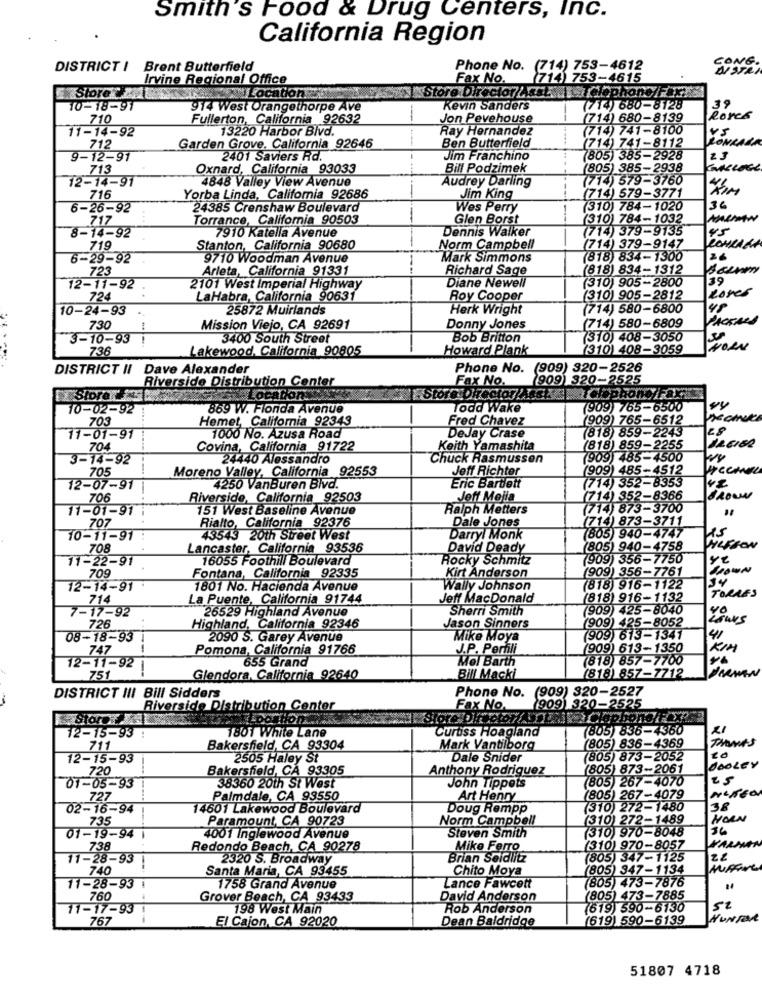
Smith's Food & Drug Centers, Inc.
California Region
CONG.
DISTRICT I
Brent Butterfield
Phone No.
(714) 753-4612
Irvine Regional Office
Fax No.
(714 753-4615
Siore x3
Store Director /statstelephone/Faxts
Location
10-18-91
914 West Orangethorpe Ave
Kevin Sanders
(714) 680-8128
39
710
Fullerton, California 92632
-
Jon Pevehouse
(714) 680-8139
Roses
11-14-92
13220 Harbor Blvd.
Ray Hernandez
(714) 741-8100
RONRADA
712
Garden Grove, California 92646
Ben Butterfield
(714) 741-8112
9-12-91
2401 Saviers Rd.
Jim Franchino
(805) 385-2928
713
Oxnard, California 93033
Bill Podzimek
(805) 385-29
2938
12-14-91
4848 Valley View Avenue
Audrey Darling
(714) 579-3760
(714) 579-3771
716
Yorba Linda, California 92686
Jim King
6-26-92
24385 Crenshaw Boulevard
-
Wes Perry
(310) 784-1020
36
Torrance, California 90503
Glen Borst
(310) 784-1032
8-14-92
717
7910 Katella Avenue
Dennis Walker
(714) 379-9135
45
719
Stanton, California 90680
Norm Campbell
(714) 379-9147
ROHLAMA
6-29-92
9710 Woodman Avenue
Mark Simmons
(818) 834-1300
Arleta, California 91331
Richard Sage
(818) 834-1312
723
(310) 905-2800
39
12-11-92
2101 West Imperial Highway
Diane Newell
Rores
724
LaHabra, California 90631
Roy Cooper
(310) 905-2812
10-24-93
25872 Muirlands
Herk Wright
(714) 580-6800
48
(714) 580-6809
730
Mission Viejo, CA 92691
Donny Jones
3-10-93 !
3400 South Street
Bob Britton
(310) 408-3050
736
Lakewood, California 90805
Howard Plank
(310) 408-3059
DISTRICT II Dave Alexander
Phone No. (909) 320-2526
Riverside Distribution Center
Fax No.
909) 320-2525
Store
Store Director
CFCSphone/Fax
10-02-92
869 W. Flonda Avenue
Todd Wake
(909) 765-6500
vy
703
Hemet, California 92343
Fred Chavez
(909) 765-6512
1000 No. Azusa Road
(818) 859-2243
28
11-01-91
DeJay Crase
704
Covina, California 91722
Keith Yamashita
(818) 859-22
3-14-92
24440 Alessandro
Chuck Rasmussen
(909) 485-4508
Moreno Valley, California
92553
Joff Richter
(909) 485-4512
HECHEL
705
(714) 352-8353
12-07-91
4250 VanBuren Blvd.
Eric Bartlett
706
Riverside, California 92503
Jeff Mejia
(714) 352-8366
BROWN
151 West Baseline Avenue
Ralph Metters
(714) 873-3700
11-01-91
Rialto, California 92376
Dale Jones
(714) 873-3711
707
10-11-91
43543 20th Street West
Darryl Monk
(805) 940-4747
15
708
Lancaster, California 93536
David Deady
(805) 940-4758
11-22-91
16055 Foothill Boulevard
Rocky Schmitz
(909) 356-7750
(909) 356-7761
GROWN
709
Fontana, California 92335
Kirt Anderson
12-14-91
1801 No. Hacienda Avenue
Wally Johnson
(818) 916-1122
714
La Puente, California 91744
Jeff MacDonald
(818) 916-1132
TORRES
7-17-92
26529 Highland Avenue
Sherri Smith
(909) 425-8040
(909) 425-8052
40
726
Highland, California 92346
Jason Sinners
08-18-93
2090 S. Garey Avenue
Mike Moya
(909) 613-1341
41
Pomona, California 91766
J.P. Perfili
(909) 613-1350
KIM
747
Mel Barth
(818) 857-7700
12-11-92
-
655 Grand
751
Glendora, California 92640
Bill Macki
(818) 857-7712
DARMEN
Phone No. (909) 320-2527
DISTRICT III Bill Sidders
Riverside Distribution Center
Fax No.
(909) 320-2525
Stor IN
Curuss Hoagland
(805) 836-4360
21
12-15-93 :
1801 White Lane
(805) 836-4369
THOMAS
711
Bakersfield, CA 93304
Mark Vantilborg
12-15-93
2505 Haley St
Dale Snider
(805) 873-2052
20
720
Bakersfield, CA 93305
Anthony Rodriguez
(805) 873-2061
DOOLEY
38360 20th St West
(805) 267-4070
25
01-05-93
John Tippets
727
Palmdale, CA 93550
Art Henry
(805) 267-4079
02-16-94
14601 Lakewood Boulevard
Doug Rempp
(310) 272-1480
38
735
Paramount, CA 90723
Norm Campbell
(310) 272-1489
HORN
(310) 970-8048
36
01-19-94 1
4001 Inglewood Avenue
Steven Smith
738
Redondo Beach, CA 90278
Mike Ferro
(310) 970-8057
KARAMAN
11-28-93
2320 S. Broadway
Brian Seidlitz
(805) 347-1125
740
1
Santa Maria, CA 93455
Chito Moya
(805) 347-1134
(805) 473-7876
11-28-93
1758 Grand Avenue
Lance Fawcett
760
Grover Beach, CA 93433
David Anderson
(805) 473-7885
11-17-93 1
198 West Main
Rob Anderson
(619) 590-6130
52
767
El Cajon, CA 92020
Dean Baldridge
(619) 590-6139
HUNTER
51807 4718